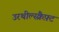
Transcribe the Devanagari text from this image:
उरथील्स्क्रैफ़्ट